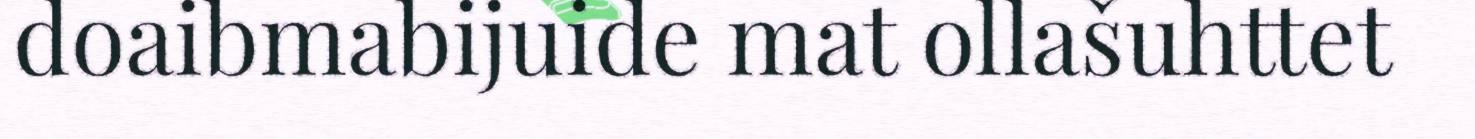
doaibmabijuide mat ollašuhttet